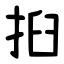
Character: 㧮